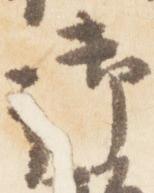
御